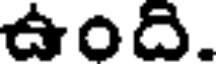
ఉంది.